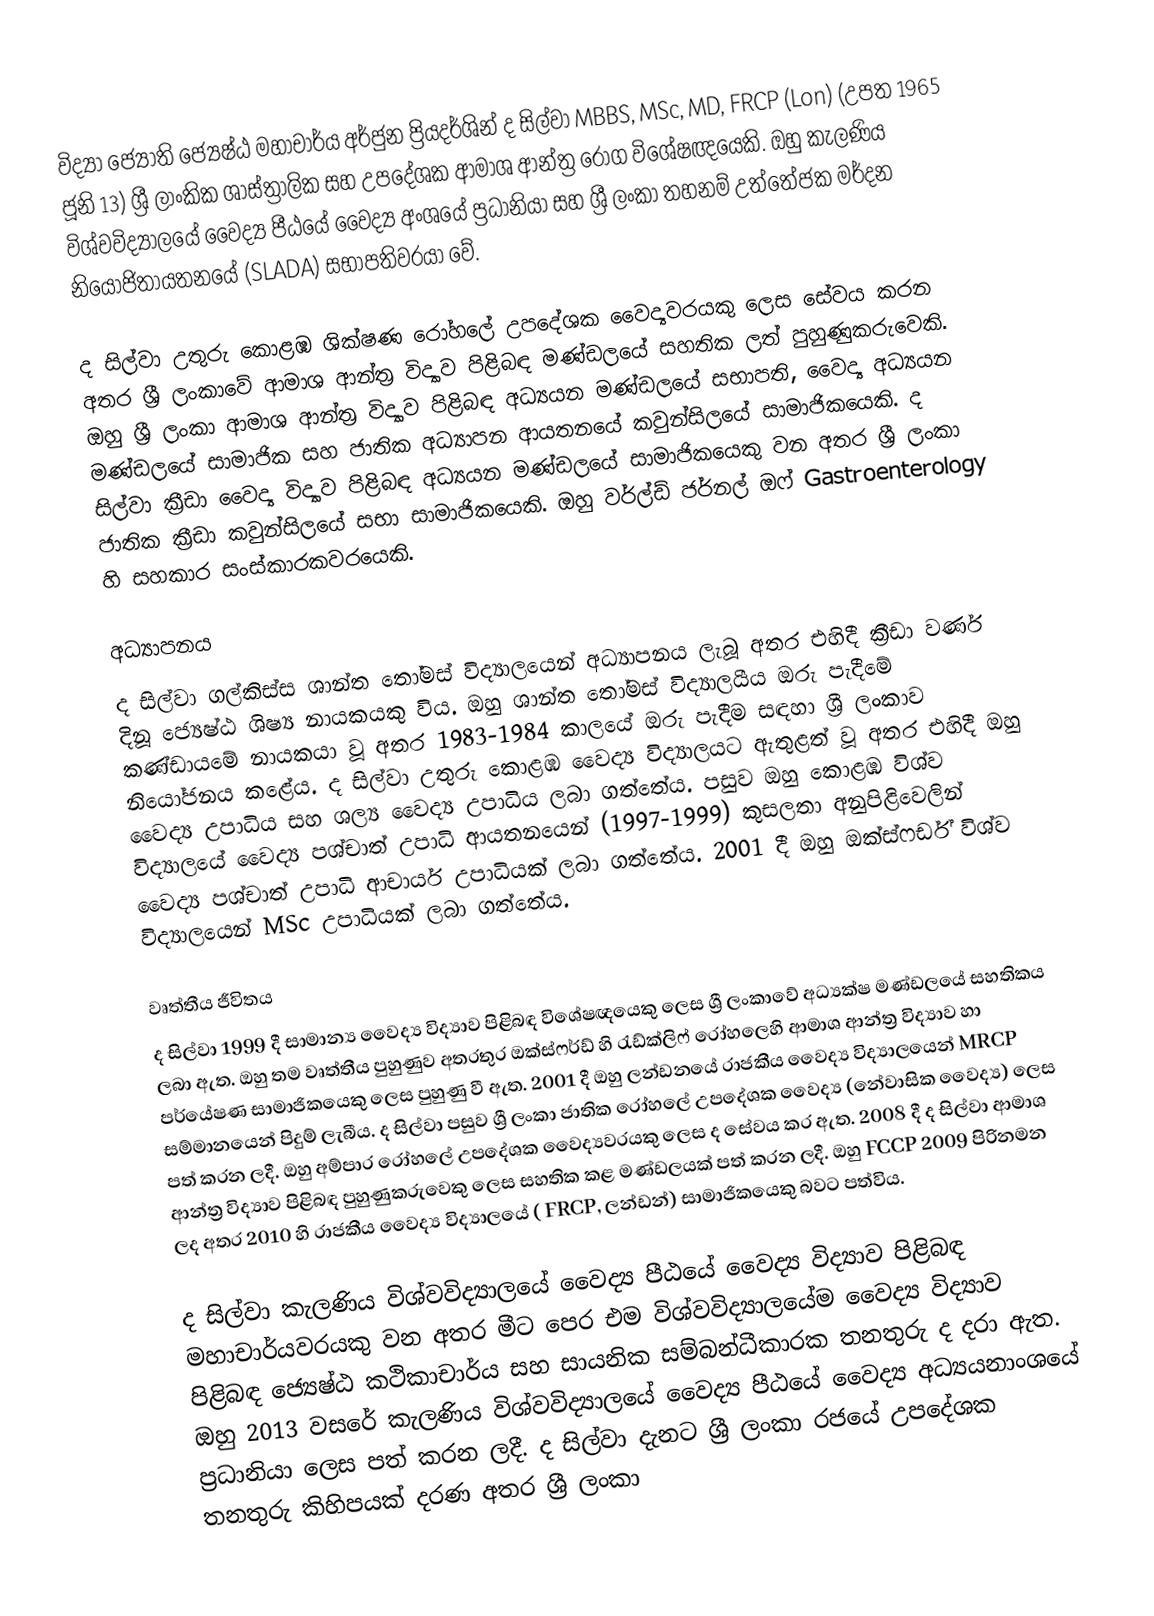
විද්‍යා ජ්‍යෝති    ජ්‍යෙෂ්ඨ මහාචාර්ය අර්ජුන ප්‍රියදර්ශින් ද සිල්වා MBBS, MSc, MD, FRCP (Lon) (උපත 1965 ජූනි 13) ශ්‍රී ලාංකික ශාස්ත්‍රාලික සහ උපදේශක ආමාශ ආන්ත්‍ර රෝග විශේෂඥයෙකි. ඔහු කැලණිය විශ්වවිද්‍යාලයේ වෛද්‍ය පීඨයේ වෛද්‍ය අංශයේ ප්‍රධානියා සහ ශ්‍රී ලංකා තහනම් උත්තේජක මර්දන නියෝජිතායතනයේ (SLADA) සභාපතිවරයා වේ.

ද සිල්වා උතුරු කොළඹ ශික්ෂණ රෝහලේ උපදේශක වෛද්‍යවරයකු ලෙස සේවය කරන අතර ශ්‍රී ලංකාවේ ආමාශ ආන්ත්‍ර විද්‍යාව පිළිබඳ මණ්ඩලයේ සහතික ලත් පුහුණුකරුවෙකි. ඔහු ශ්‍රී ලංකා ආමාශ ආන්ත්‍ර විද්‍යාව පිළිබඳ අධ්‍යයන මණ්ඩලයේ සභාපති, වෛද්‍ය අධ්‍යයන මණ්ඩලයේ සාමාජික සහ ජාතික අධ්‍යාපන ආයතනයේ කවුන්සිලයේ සාමාජිකයෙකි. ද සිල්වා ක්‍රීඩා වෛද්‍ය විද්‍යාව පිළිබඳ අධ්‍යයන මණ්ඩලයේ සාමාජිකයෙකු වන අතර ශ්‍රී ලංකා ජාතික ක්‍රීඩා කවුන්සිලයේ සභා සාමාජිකයෙකි. ඔහු වර්ල්ඩ් ජර්නල් ඔෆ් Gastroenterology හි සහකාර සංස්කාරකවරයෙකි.

අධ්‍යාපනය
ද සිල්වා ගල්කිස්ස ශාන්ත තෝමස් විද්‍යාලයෙන් අධ්‍යාපනය ලැබූ අතර එහිදී ක්‍රීඩා වර්ණ දිනූ ජ්‍යෙෂ්ඨ ශිෂ්‍ය නායකයකු විය. ඔහු ශාන්ත තෝමස් විද්‍යාලයීය ඔරු පැදීමේ කණ්ඩායමේ නායකයා වූ අතර 1983-1984 කාලයේ ඔරු පැදීම සඳහා ශ්‍රී ලංකාව නියෝජනය කළේය. ද සිල්වා උතුරු කොළඹ වෛද්‍ය විද්‍යාලයට ඇතුළත් වූ අතර එහිදී ඔහු වෛද්‍ය උපාධිය සහ ශල්‍ය වෛද්‍ය උපාධිය ලබා ගත්තේය. පසුව ඔහු කොළඹ විශ්ව විද්‍යාලයේ වෛද්‍ය පශ්චාත් උපාධි ආයතනයෙන් (1997-1999) කුසලතා අනුපිළිවෙලින් වෛද්‍ය පශ්චාත් උපාධි ආචාර්ය උපාධියක් ලබා ගත්තේය. 2001 දී ඔහු ඔක්ස්ෆර්ඩ් විශ්ව විද්‍යාලයෙන් MSc උපාධියක් ලබා ගත්තේය.

වෘත්තීය ජීවිතය
ද සිල්වා 1999 දී සාමාන්‍ය වෛද්‍ය විද්‍යාව පිළිබඳ විශේෂඥයෙකු ලෙස ශ්‍රී ලංකාවේ අධ්‍යක්ෂ මණ්ඩලයේ සහතිකය ලබා ඇත. ඔහු තම වෘත්තීය පුහුණුව අතරතුර ඔක්ස්ෆර්ඩ් හි රැඩ්ක්ලිෆ් රෝහලෙහි ආමාශ ආන්ත්‍ර විද්‍යාව හා පර්යේෂණ සාමාජිකයෙකු ලෙස පුහුණු වී ඇත. 2001 දී ඔහු ලන්ඩනයේ රාජකීය වෛද්‍ය විද්‍යාලයෙන් MRCP සම්මානයෙන් පිදුම් ලැබීය. ද සිල්වා පසුව ශ්‍රී ලංකා ජාතික රෝහලේ උපදේශක වෛද්‍ය (නේවාසික වෛද්‍ය) ලෙස පත් කරන ලදී. ඔහු අම්පාර රෝහලේ උපදේශක වෛද්‍යවරයකු ලෙස ද සේවය කර ඇත. 2008 දී ද සිල්වා ආමාශ ආන්ත්‍ර විද්‍යාව පිළිබඳ පුහුණුකරුවෙකු ලෙස සහතික කළ මණ්ඩලයක් පත් කරන ලදී. ඔහු FCCP 2009 පිරිනමන ලද අතර 2010 හි රාජකීය වෛද්‍ය විද්‍යාලයේ ( FRCP, ලන්ඩන්) සාමාජිකයෙකු බවට පත්විය.

ද සිල්වා කැලණිය විශ්වවිද්‍යාලයේ වෛද්‍ය පීඨයේ වෛද්‍ය විද්‍යාව පිළිබඳ මහාචාර්යවරයකු වන අතර මීට පෙර එම විශ්වවිද්‍යාලයේම වෛද්‍ය විද්‍යාව පිළිබඳ ජ්‍යෙෂ්ඨ කථිකාචාර්ය සහ සායනික සම්බන්ධීකාරක තනතුරු ද දරා ඇත. ඔහු 2013 වසරේ කැලණිය විශ්වවිද්‍යාලයේ වෛද්‍ය පීඨයේ වෛද්‍ය අධ්‍යයනාංශයේ ප්‍රධානියා ලෙස පත් කරන ලදී. ද සිල්වා දැනට ශ්‍රී ලංකා රජයේ උපදේශක තනතුරු කිහිපයක් දරණ අතර ශ්‍රී ලංකා